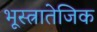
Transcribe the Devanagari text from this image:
भूस्त्रातेजिक